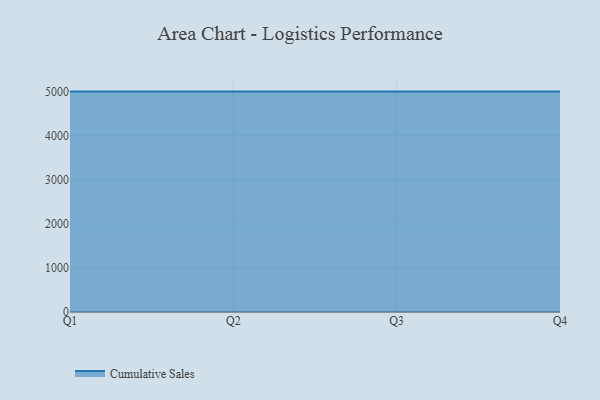
{"axis": {"x": "Quarter", "y": "Backlog"}, "legend": ["Cumulative Sales"], "data": [{"x": "Q1", "y": 5000, "type": "Cumulative Sales"}, {"x": "Q2", "y": 5000, "type": "Cumulative Sales"}, {"x": "Q3", "y": 5000, "type": "Cumulative Sales"}, {"x": "Q4", "y": 5000, "type": "Cumulative Sales"}]}